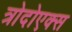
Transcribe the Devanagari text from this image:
त्रोदोएक्स